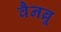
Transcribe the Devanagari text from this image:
वैनब्रू